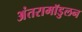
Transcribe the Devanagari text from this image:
अंतरामॉडुलन